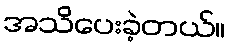
အသိပေးခဲ့တယ်။